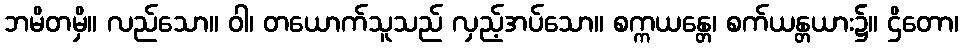
ဘမိတမှိ။ လည်သော။ ဝါ၊ တယောက်သူသည် လှည့်အပ်သော။ စက္ကယန္တေ၊ စက်ယန္တယား၌။ ဌိတော၊